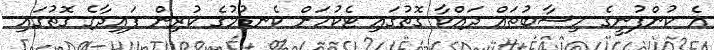
އެ ކުންފުނީގެ ހިސާބުތައް ދައްކާ ގޮތުގައި ޓެކުހަށް ކެނޑުމުގެ ކުރިން ފައިދާގެ ގޮތުގައި